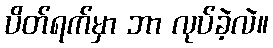
ပိတ်ရက်မှာ ဘာ လုပ်ခဲ့လဲ။